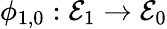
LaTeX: \phi_{1,0}:{\mathcal{E}}_{1}\to{\mathcal{E}}_{0}